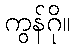
ကွန်ဂို။